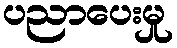
ပညာပေးမှု